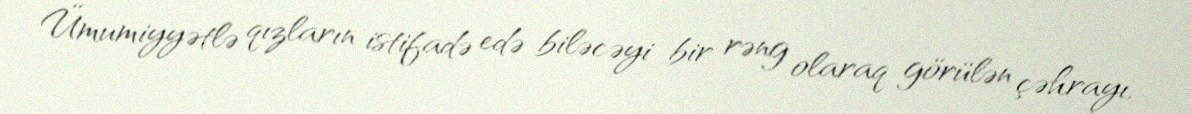
Ümumiyyətlə qızların istifadə edə biləcəyi bir rəng olaraq görülən çəhrayı,